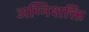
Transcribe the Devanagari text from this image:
अग्निशक्ति